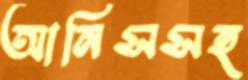
আনিসসহ